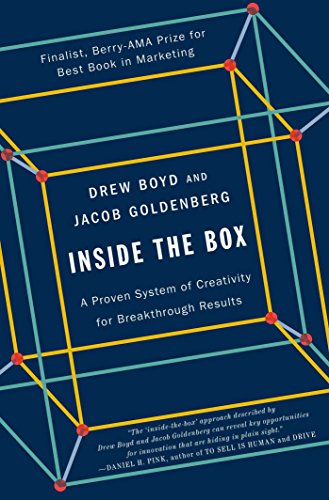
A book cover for Inside the Box: A Proven System of Creativity for Breakthrough Results; Drew Boyd; Business & Money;